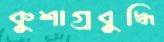
কুশাগ্রবুদ্ধি